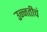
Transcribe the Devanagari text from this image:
उन्नतीचं